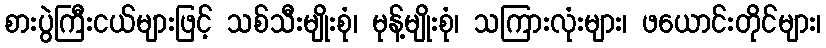
စားပွဲကြီးငယ်များဖြင့် သစ်သီးမျိုးစုံ၊ မုန့်မျိုးစုံ၊ သကြားလုံးများ၊ ဖယောင်းတိုင်များ၊